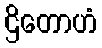
ဌိတောဟံ